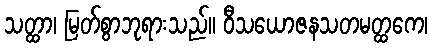
သတ္ထာ၊ မြတ်စွာဘုရားသည်။ ဝီသယောဇနသတမတ္ထကေ၊